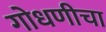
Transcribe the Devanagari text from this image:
गोधणीचा